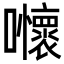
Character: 𡅬